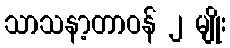
သာသနာ့တာဝန် ၂ မျိုး